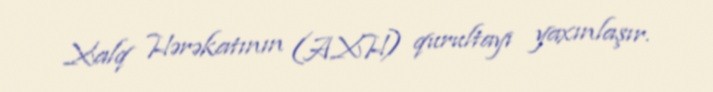
Xalq Hərəkatının (AXH) qurultayı yaxınlaşır.